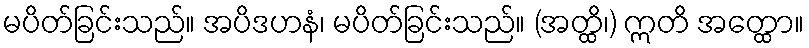
မပိတ်ခြင်းသည်။ အပိဒဟနံ၊ မပိတ်ခြင်းသည်။ (အတ္ထိ၊) ဣတိ အတ္ထော။